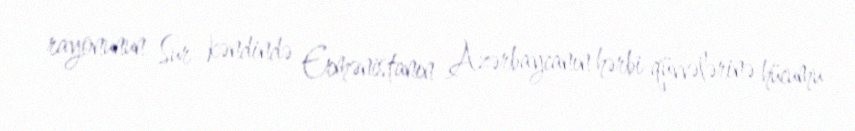
rayonunun Sur kəndində Ermənistanın Azərbaycanın hərbi qüvvələrinə hücumu